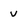
Character: V